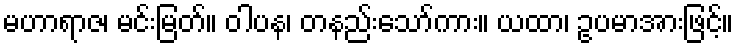
မဟာရာဇ၊ မင်းမြတ်။ ဝါပန၊ တနည်းသော်ကား။ ယထာ၊ ဥပမာအားဖြင့်။